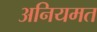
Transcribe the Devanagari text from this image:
अनियमत